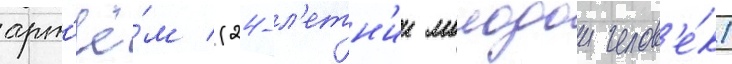
арт'ё́м (24-л'етн'ии молодои челов'е́к)